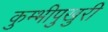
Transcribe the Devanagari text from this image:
कुम्भीपुखुरी